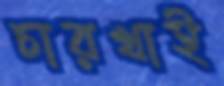
চারখাই